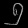
Digit: ၅